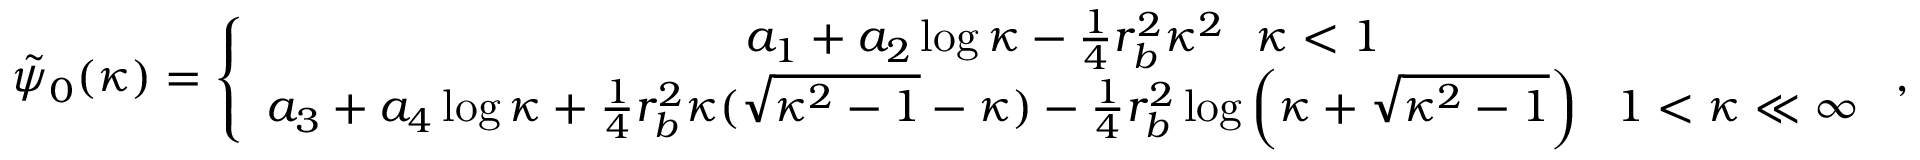
\begin{array} { r } { \tilde { \psi } _ { 0 } ( \kappa ) = \left\{ \begin{array} { c } { a _ { 1 } + a _ { 2 } \log \kappa - \frac { 1 } { 4 } r _ { b } ^ { 2 } \kappa ^ { 2 } ~ ~ \kappa < 1 } \\ { a _ { 3 } + a _ { 4 } \log \kappa + \frac { 1 } { 4 } r _ { b } ^ { 2 } \kappa ( \sqrt { \kappa ^ { 2 } - 1 } - \kappa ) - \frac { 1 } { 4 } r _ { b } ^ { 2 } \log \left( \kappa + \sqrt { \kappa ^ { 2 } - 1 } \right) ~ ~ 1 < \kappa \ll \infty } \end{array} \right. , } \end{array}